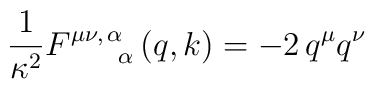
{\frac{1}{\kappa^2}}F_{\;\quad \;\;\alpha }^{\mu \nu ,\,\alpha }\left(q,k\right) =-2\,q^\mu q^\nu